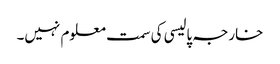
خارجہ پالیسی کی سمت معلوم نہیں۔